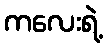
ကလေးရဲ့